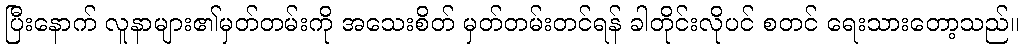
ပြီးနောက် လူနာများ၏မှတ်တမ်းကို အသေးစိတ် မှတ်တမ်းတင်ရန် ခါတိုင်းလိုပင် စတင် ရေးသားတော့သည်။